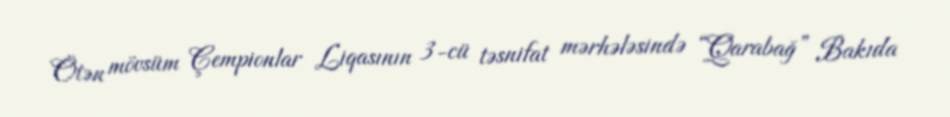
Ötən mövsüm Çempionlar Liqasının 3-cü təsnifat mərhələsində “Qarabağ” Bakıda